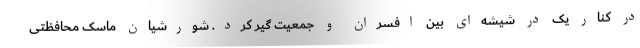
در کنار یک در شیشه‌ای بین افسران و جمعیت گیر کرد. شورشیان ماسک محافظتی